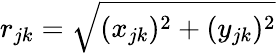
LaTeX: r_{jk}=\sqrt{(x_{jk})^{2}+(y_{jk})^{2}}